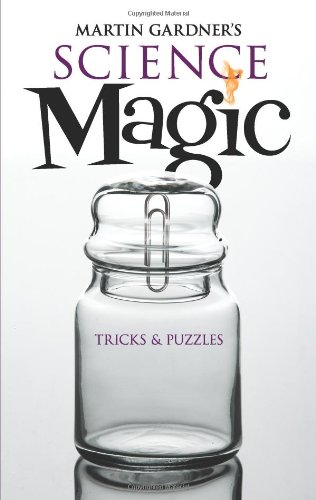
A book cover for Martin Gardner's Science Magic: Tricks and Puzzles (Dover Magic Books); Martin Gardner; Science & Math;